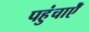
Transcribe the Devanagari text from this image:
पहुंचाऐँ